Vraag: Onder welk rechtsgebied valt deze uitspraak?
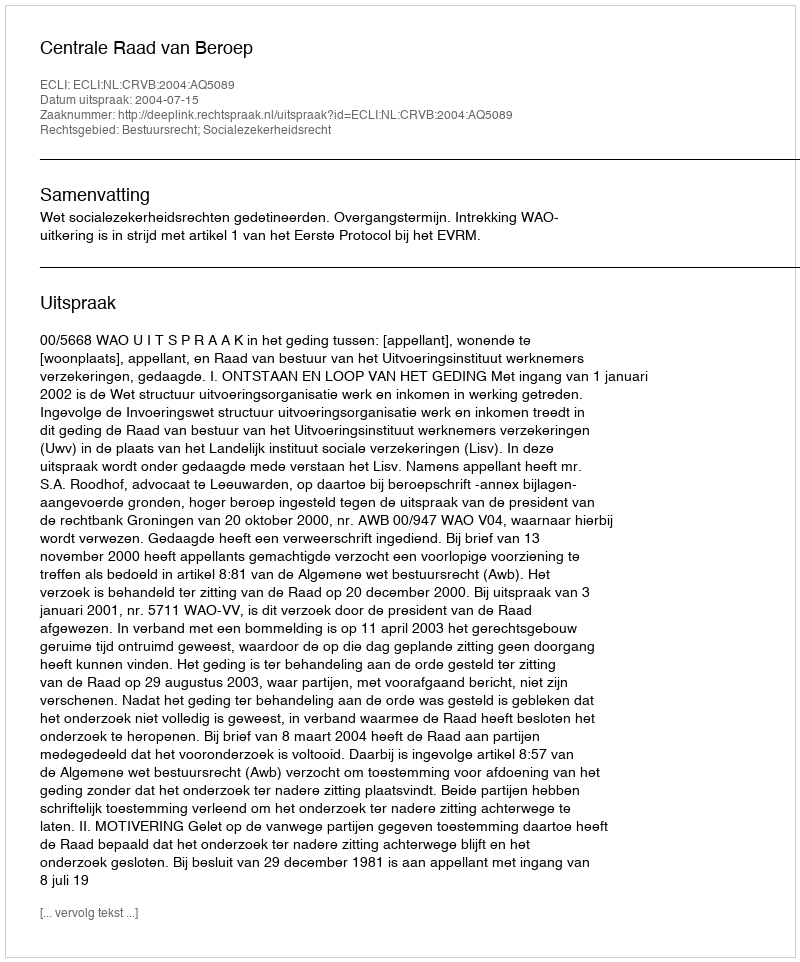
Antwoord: Bestuursrecht; Socialezekerheidsrecht